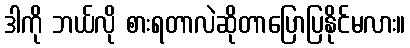
ဒါကို ဘယ်လို စားရတာလဲဆိုတာပြောပြနိုင်မလား။